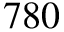
7 8 0